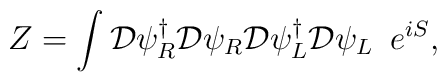
Z = \int {\cal D} \psi^{\dagger}_R {\cal D}\psi_R {\cal D}\psi^{\dagger}_L {\cal D}\psi_L \,\,\, e^{i S},